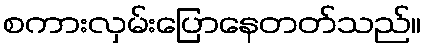
စကားလှမ်းပြောနေတတ်သည်။